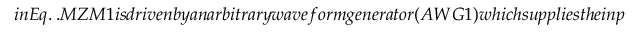
i n E q . \ . M Z M 1 i s d r i v e n b y a n a r b i t r a r y w a v e f o r m g e n e r a t o r ( A W G 1 ) w h i c h s u p p l i e s t h e i n p u t s i g n a l